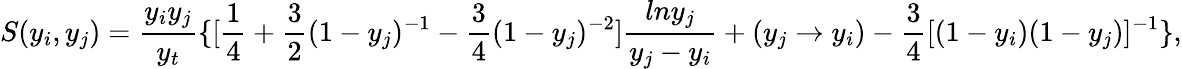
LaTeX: S(y_{i},y_{j})={\frac{y_{i}y_{j}}{y_{t}}}\{ [{\frac{1}{4}}+{\frac{3}{2}}(1-y_{j})^{-1}-{\frac{3}{4}}(1-y_{j})^{-2}]{\frac{lny_{j}}{y_{j}-y_{i}}}+(y_{j}\to y_{i})-{\frac{3}{4}}[(1-y_{i})(1-y_{j})]^{-1}\} ,